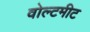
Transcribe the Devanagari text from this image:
वोल्टमीट